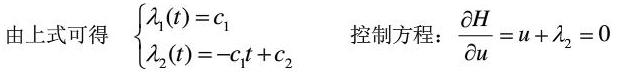
由上式可得 $\begin{cases} \lambda_1(t)=c_1 \\ \lambda_2(t)=-c_1t + c_2 \end{cases}$  控制方程：$\frac{\partial H}{\partial u}=u+\lambda_2 = 0$